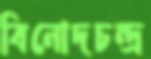
বিনোদচন্দ্র